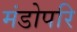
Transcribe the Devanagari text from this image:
मंडोपरि